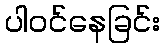
ပါဝင်နေခြင်း